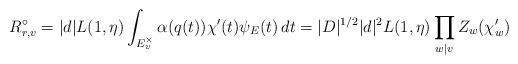
LaTeX: \begin{align*}R_{r,v}^{\circ}= |d|L(1, \eta)\int_{E_{v}^{\times}} \alpha(q(t))\chi'(t) \psi_{E}(t)\, dt = |D|^{1/2}|d|^{2} L(1, \eta)\prod_{w\vert v} Z_{w}( \chi'_{w}) \end{align*}